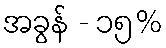
အခွန် - ၁၅%